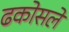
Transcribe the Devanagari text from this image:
ढकोसले